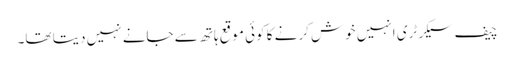
چیف سیکرٹری انہیں خوش کرنے کا کوئی موقع ہاتھ سے جانے نہیں دیتا تھا۔